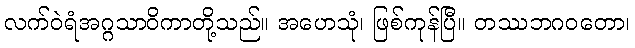
လက်ဝဲရံအဂ္ဂသာဝိကာတို့သည်။ အဟေသုံ၊ ဖြစ်ကုန်ပြီ။ တဿဘဂဝတော၊